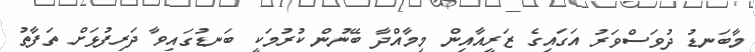
މާބަނޑު ދުވަސްވަރު އަގައިގެ ޒަރީއާއިން މިމާއްދާ ބޭނުން ކުރުމަކީ ބަނޑުގައިވާ ދަރިފުޅަށް ތަފާތު